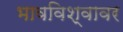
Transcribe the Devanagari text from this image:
भावविश्वावर